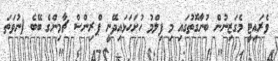
ވެރައިޓީ މެގަޒިނުން ބުނާގޮތުގައި މި ފިލްމު ހުށަހަޅައިދޭނީ ޕްރިންސް ޗާމިންގެ ބޭބެ (ނުވަތަ